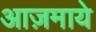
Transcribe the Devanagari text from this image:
आज़माये